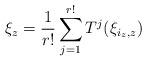
LaTeX: \begin{align*}\xi_z=\frac{1}{r!}\sum_{j=1}^{r!} T^j(\xi_{i_z,z})\end{align*}